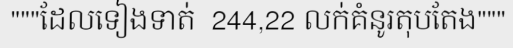
"""ដែលទៀងទាត់  244,22 លក់គំនូរតុបតែង"""